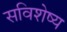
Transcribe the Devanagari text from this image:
सविशेष्य